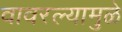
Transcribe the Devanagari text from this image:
वावरल्यामुळे